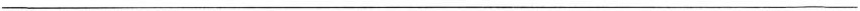
___